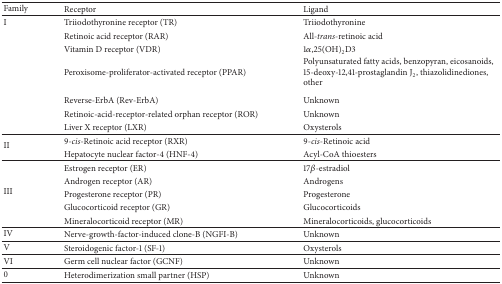
| Family | Receptor | Ligand |
 | --- | --- | --- |
 | I | Triiodothyronine receptor (TR) | Triiodothyronine |
 |  | Retinoic acid receptor (RAR) | All-trans-retinoic acid |
 |  | Vitamin D receptor (VDR) | 1α,25(OH)2D3 |
 |  | Peroxisome-proliferator-activated receptor (PPAR) | Polyunsaturated fatty acids, benzopyran, eicosanoids, 15-deoxy-12,41-prostaglandin J2, thiazolidinediones, other |
 |  | Reverse-ErbA (Rev-ErbA) | Unknown |
 |  | Retinoic-acid-receptor-related orphan receptor (ROR) | Unknown |
 |  | Liver X receptor (LXR) | Oxysterols |
 | <ROWSPAN=2> II | 9-cis-Retinoic acid receptor (RXR) | 9-cis-Retinoic acid |
 | Hepatocyte nuclear factor-4 (HNF-4) | Acyl-CoA thioesters |
 | <ROWSPAN=5> III | Estrogen receptor (ER) | 17β-estradiol |
 | Androgen receptor (AR) | Androgens |
 | Progesterone receptor (PR) | Progesterone |
 | Glucocorticoid receptor (GR) | Glucocorticoids |
 | Mineralocorticoid receptor (MR) | Mineralocorticoids, glucocorticoids |
 | IV | Nerve-growth-factor-induced clone-B (NGFI-B) | Unknown |
 | V | Steroidogenic factor-1 (SF-1) | Oxysterols |
 | VI | Germ cell nuclear factor (GCNF) | Unknown |
 | 0 | Heterodimerization small partner (HSP) | Unknown |